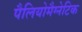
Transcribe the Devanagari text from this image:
पैलियोमैग्नेटिक